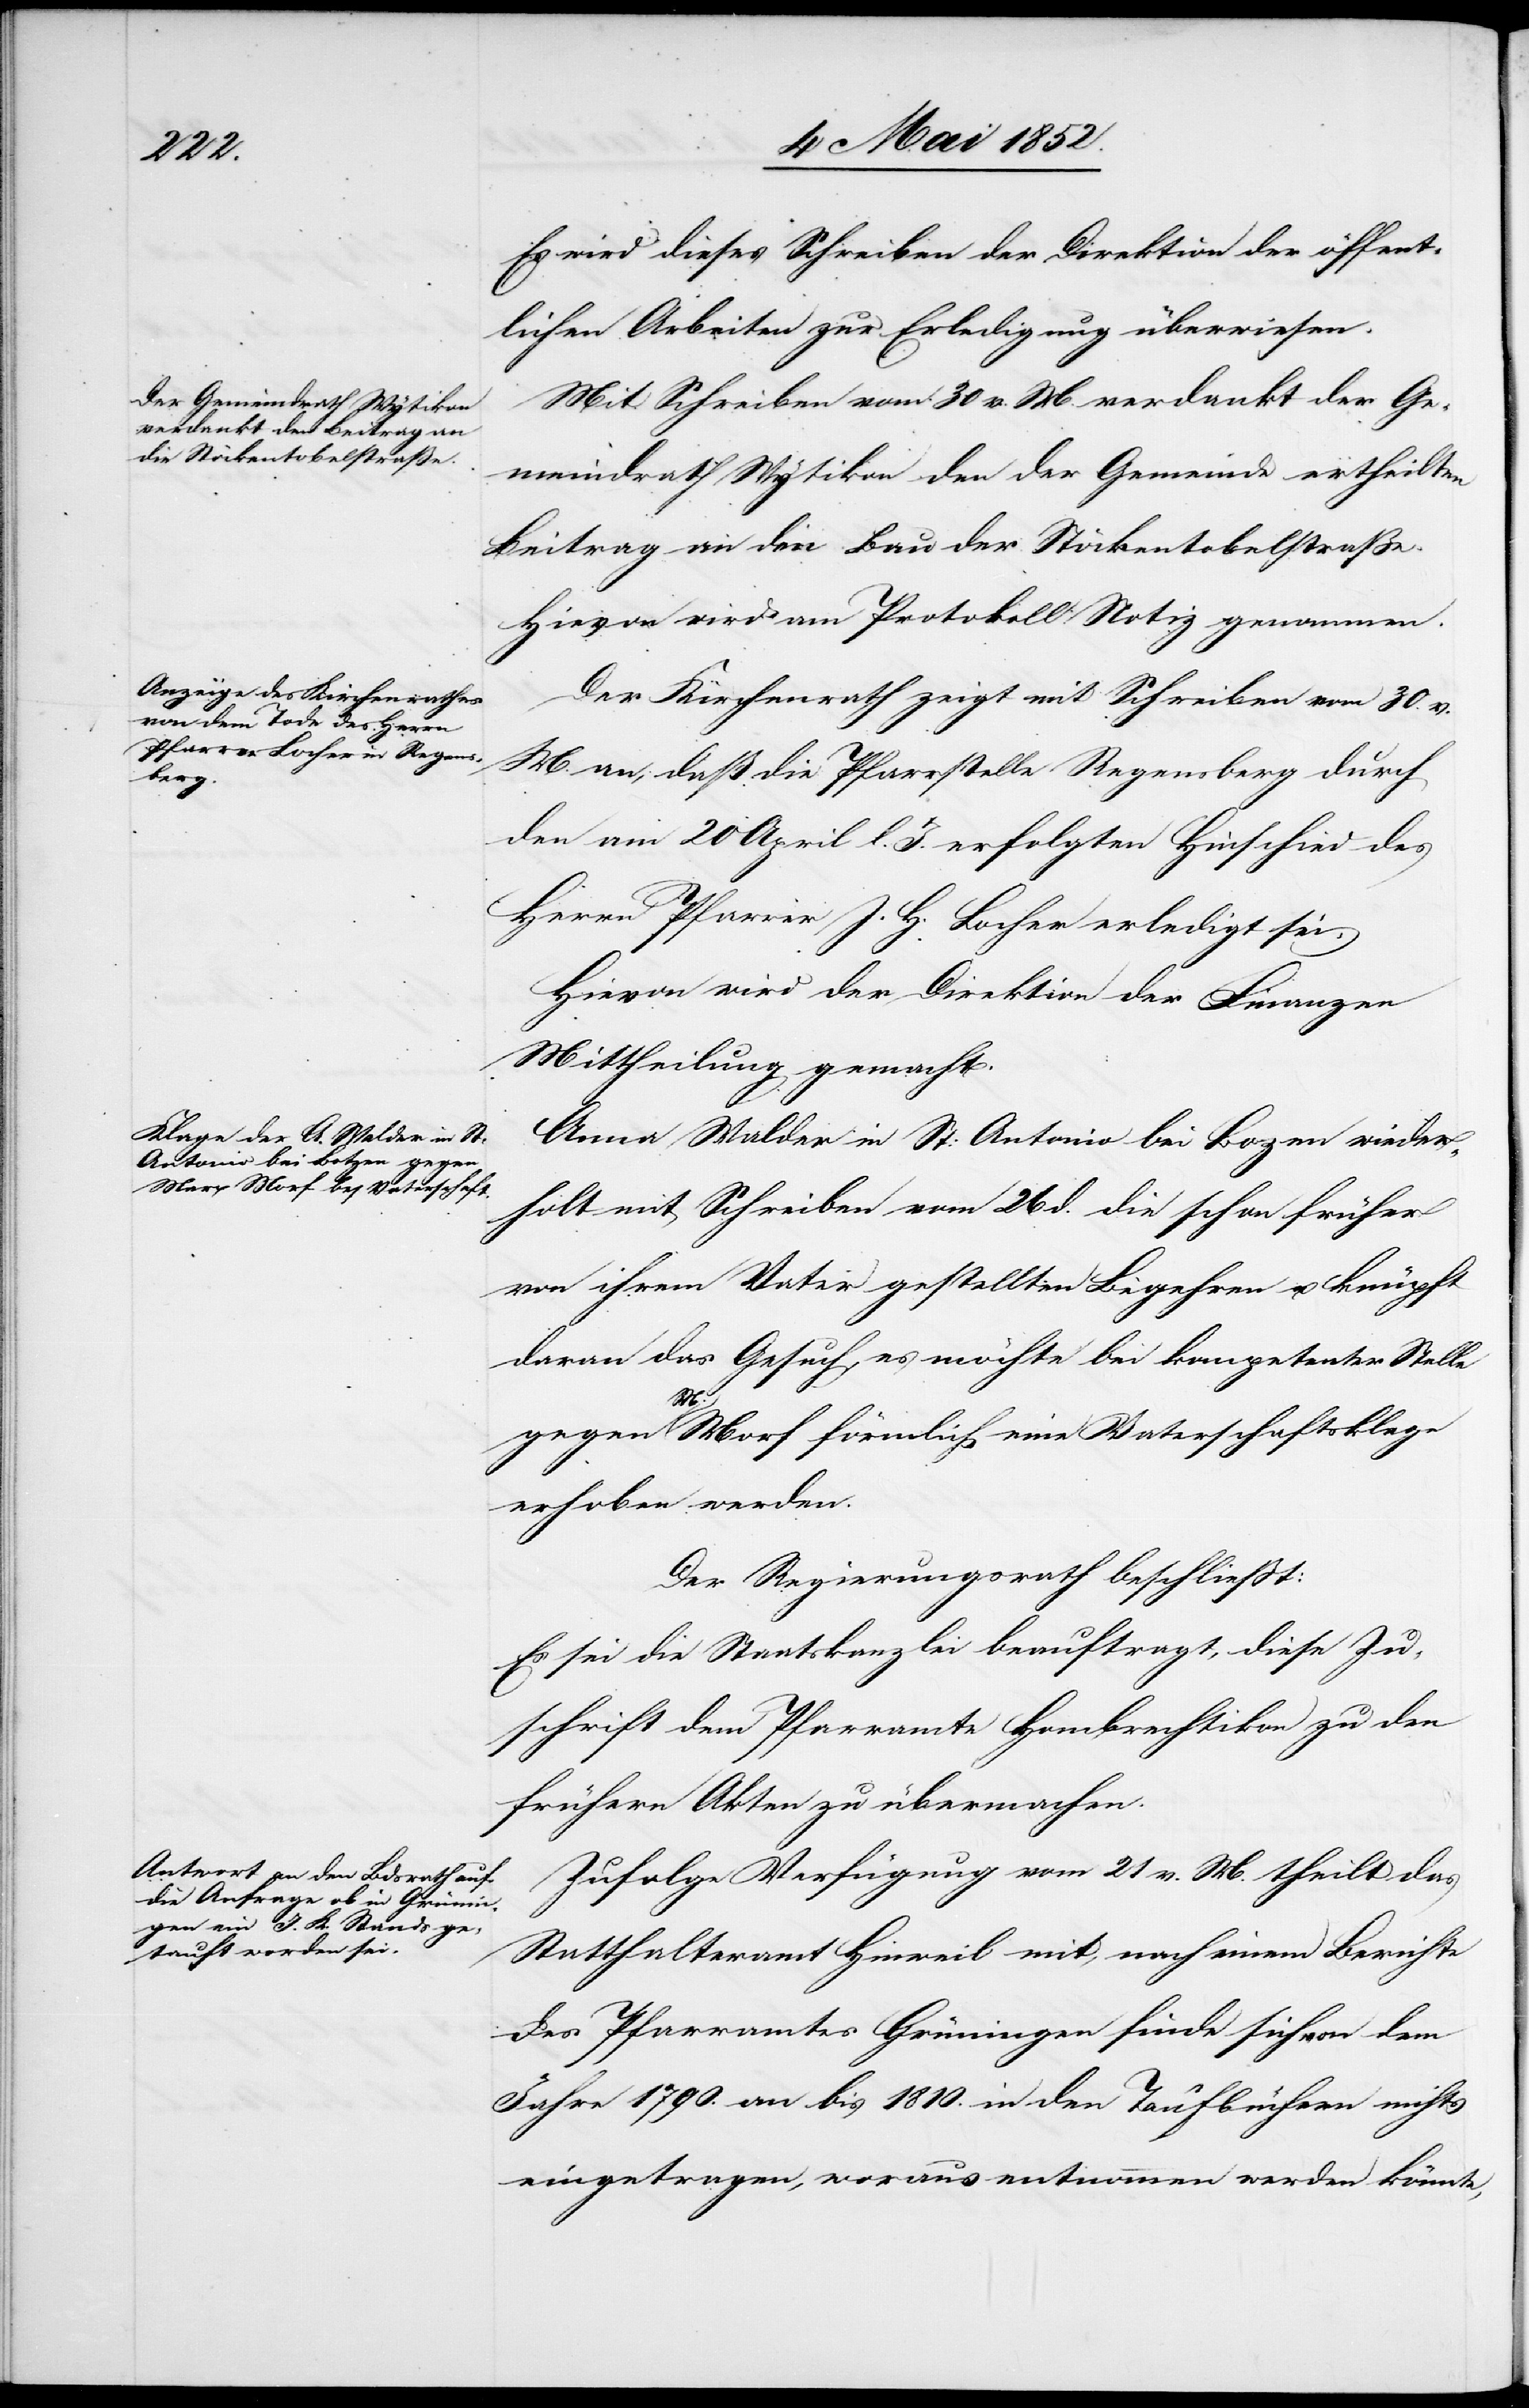
Es wird dieses Schreiben der Direktion der öffent¬
lichen Arbeiten zur Erledigung überwiesen.
Mit Schreiben vom 30 v. M. verdankt der Ge¬
meindrath Wytikon den der Gemeinde ertheilten
Beitrag an den Bau der Stöckentobelstrasse.
Hievon wird am Protokoll Notiz genommen.
Der Kirchenrath zeigt mit Schreiben vom 30. v.
M. an, daß die Pfarrstelle Regensberg durch
den am 20 April l. J. erfolgten Hinschied des
Herrn Pfarrer J. H. Locher erledigt sei.
Hievon wird der Direktion der Finanzen
Mittheilung gemacht.
Anna Walder in St: Antonio bei Bozen wieder¬
holt mit Schreiben vom 26 d. die schon früher
von ihrem Vater gestellten Begehren u. knüpft
daran das Gesuch, es möchte bei kompetenter Stelle
gegen M. Morf förmlich eine Vaterschaftsklage
erhoben werden.
Der Regierungsrath beschliesst:
Es sei die Staatskanzlei beauftragt, diese Zu¬
schrift dem Pfarramte Hombrechtikon zu den
frühern Akten zu übermachen.
Zufolge Verfügung vom 21 v. M. theilt das
Statthalteramt Hinweil mit, nach einem Berichte
des Pfarramtes Grüningen finde sich von dem
Jahre 1790. an bis 1810. in den Taufbüchern nichts
eingetragen, woraus entnommen werden könnte,